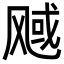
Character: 𬱿